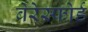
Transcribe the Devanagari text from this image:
बेरेस्फोर्ड